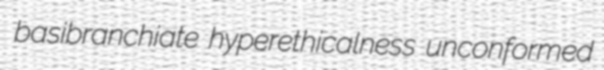
basibranchiate hyperethicalness unconformed